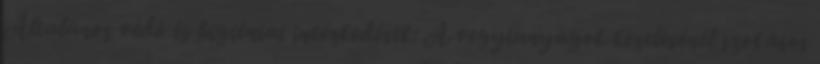
Általános védő és higiéniai intézkedések: A vegyianyagok kezelésénél szokásos